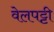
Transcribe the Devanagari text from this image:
वेलपट्टी